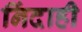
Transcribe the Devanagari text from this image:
निंदाही